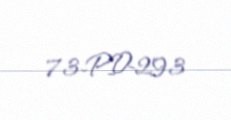
73-PD-293